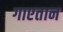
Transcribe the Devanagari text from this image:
गाएतान